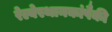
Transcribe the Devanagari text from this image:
रेल्वेस्थानकांपैकी